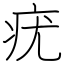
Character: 疣